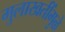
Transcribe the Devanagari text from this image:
मुलाखतींमुळे